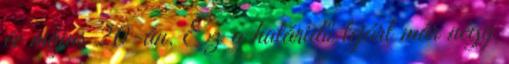
év május 20-án. Ez a határidő lejárt már négy